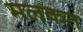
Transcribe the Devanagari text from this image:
मलकत